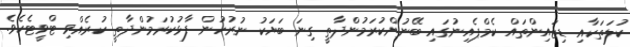
ކުލަތަކާއި ޑިޒައިންތައް ކެމްޕެއިނުގައި ބޭނުންކުރަމުންދާތީ ގިނަ ބަޔަކު ނުރުހުން ފާޅުކުރަމުންދާތީ ކުރެއްވި ޓްވީޓެކެވެ.